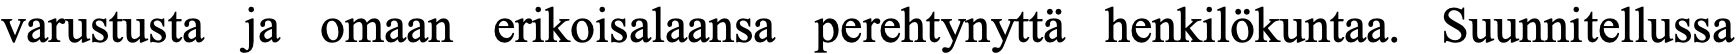
varustusta ja omaan erikoisalaansa perehtynyttä henkilökuntaa. Suunnitellussa